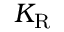
K _ { \mathrm { { R } } }